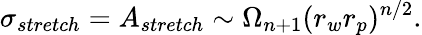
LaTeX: \sigma_{stretch}=A_{stretch}\sim\Omega_{n+1}(r_{w}r_{p})^{n/2}.